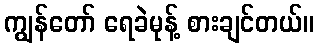
ကျွန်တော် ရေခဲမုန့် စားချင်တယ်။